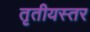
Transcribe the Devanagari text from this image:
तृतीयस्तर